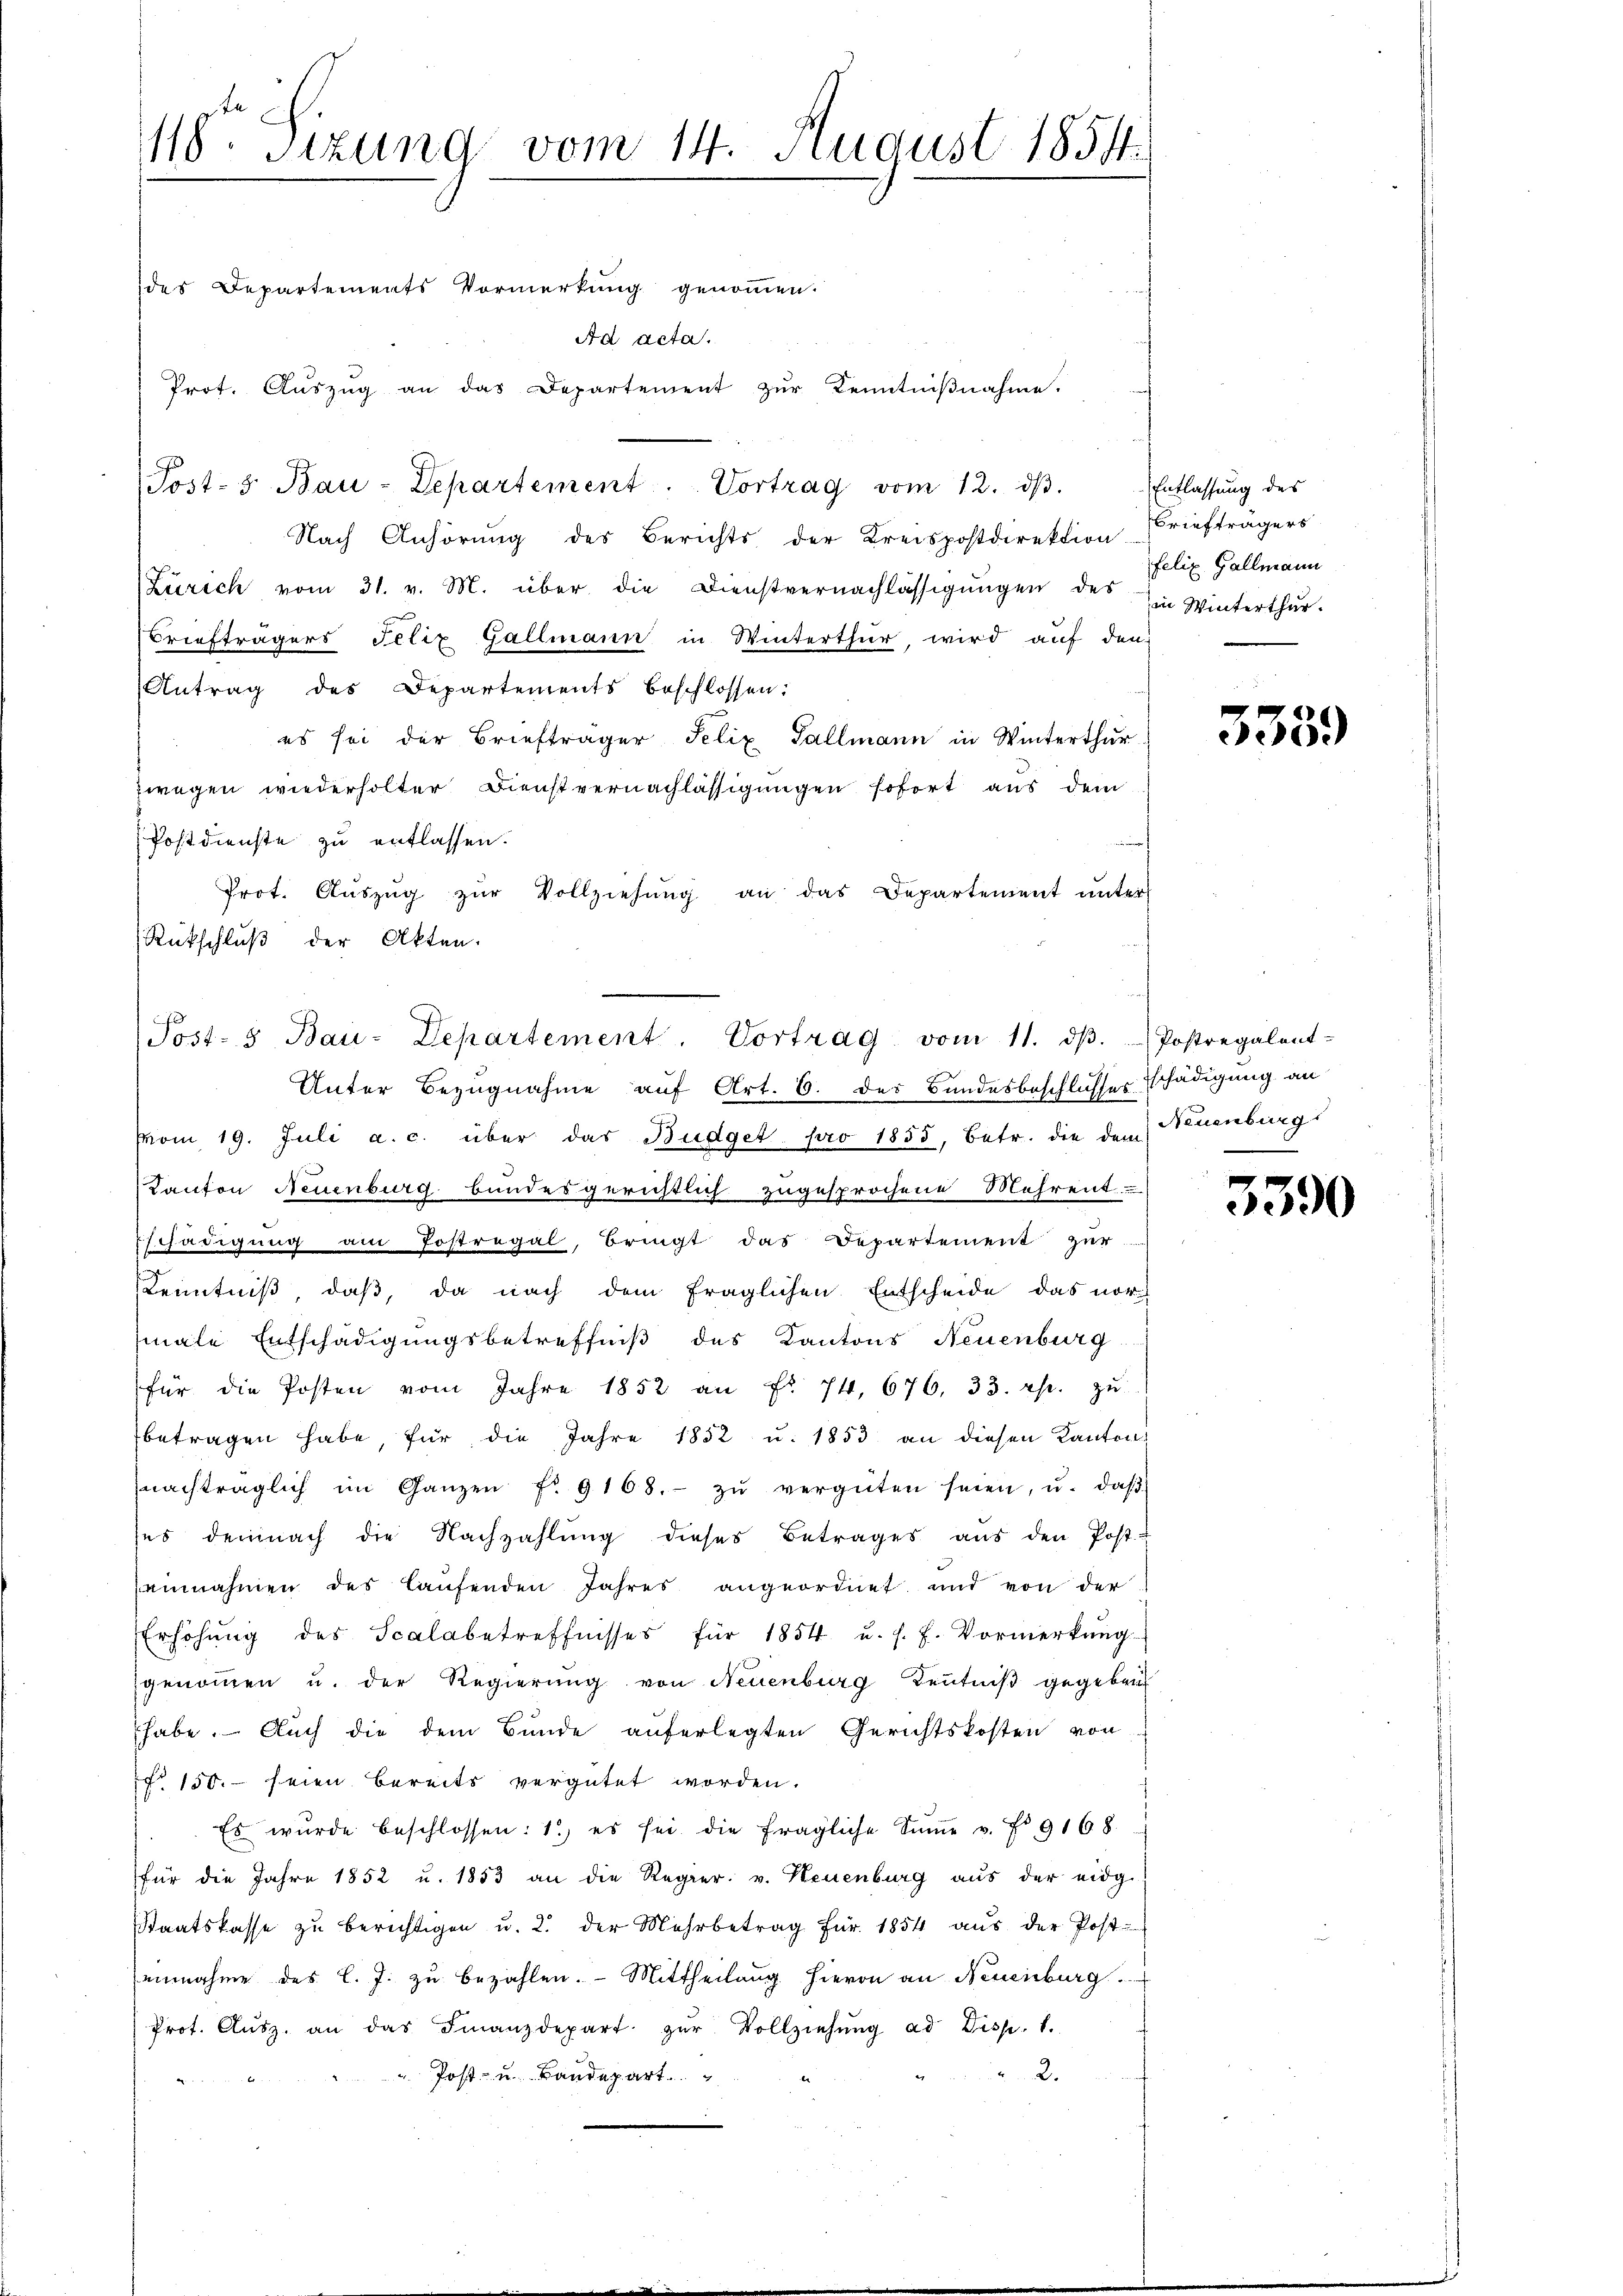
118. Sizung vom 14. August 1854

des Departements Vormerkung genommen.
Ad acta.
Prot. Aŭszŭg an das Departement zŭr Kenntniβnahme.
(Post- & Bau-Departement. Vortrag vom 12. dβ. Entlassŭng des
Nach Anhörung des Berichts der Kreispostdirektion Briefträgers
(Zürich vom 31. v. M. über die Dienstvernachlässigŭngen des in Winterthur.
Briefträgers Felix Gallmann in Winterthur, wird auf den
Antrag des Departements beschlossen:
es sei der Briefträger Felix Sallmann in Winterthur
zwegen wiederholter Dienstvernachlässigungen sofort aus dem
Postdienste zu entlassen.
Prot. Aŭszŭg zŭr Vollziehŭng an das Departement ŭnter
Rückschluß der Akten.
Unter Bezugnahme auf Art. 6. des Bundesbeschlusses schädigung an
vom 19. Juli a. c. über das Budget pro 1855, betr. die dem Neuenburg
Kanton Neuenburg bundesgerichtlich zugesprochene Mehrent
Eschädigung am Postregal, Bringt das Departement zur
Kenntniß, daß, da nach dem fraglichen Entscheide das nor
male Entschädigungsbetreffniß des Kantons Neuenburg
für die Posten vom Jahre 1852 an Fr. 74. 676. 33. rp. zŭ
betragen habe, für die Jahre 1852 u. 1853 an diesen Kantons
nachträglich im Ganzen fr. 9168.- zŭ vergüten seien, u. daβ
ses demnach die Nachzahlŭng dieses Betrages aŭs den Post-
einnahmen des laŭfenden Jahres angeordnet und von der
Erhöhŭng des Scalabetreffnisses für 1854 u. s. f. Vormerkung
genoṁen u. der Regierŭng von Neuenburg Kenntniβ gegeben
habe. Auch die dem Bunde auferlegten Gerichtskosten von
r 150. seien bereits vergütet worden.
Es wurde beschlossen: 1) es sei die fragliche Sŭṁe v. Fr. 9168
für die Jahre 1852 u. 1853 an die Regier. v. Neuenburg aŭs der eidg.
Staatskasse zu berichtigen u. 2. der Mehrbetrag für 1854 aus der Post-
ainnahme des l. J. zu bezahlen. Mittheilung hievon an Neuenburg.
Prot. Aŭsz. an das Finanzdepart zŭr Vollziehŭng ad Disp. 1.
2.
Post- u. Bandepart

Post- & Bau-Departement. Vortrag vom 11. dβ. Postregalent-

felix Gallmann

3359

3390